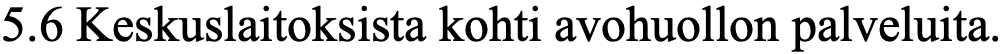
5.6 Keskuslaitoksista kohti avohuollon palveluita.